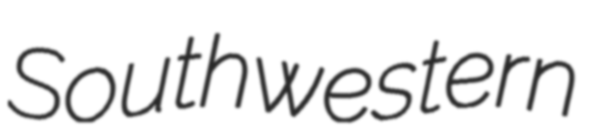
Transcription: Southwestern